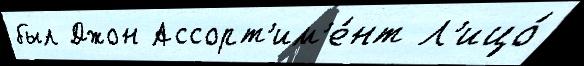
был Джон Ассорт'им'е́нт Л'ицо́